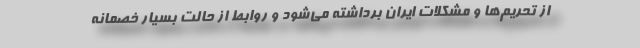
از تحریم‌ها و مشکلات ایران برداشته می‌شود و روابط از حالت بسیار خصمانه